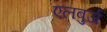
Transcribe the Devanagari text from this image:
एलबुर्ज